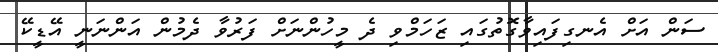
ސަން އަށް އެނގިފައިވާގޮތުގައި ޒަހަމްވި ދެ މީހުންނަށް ފަރުވާ ދެމުން އަންނަނީ އޭޑީކޭ